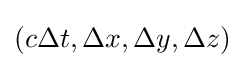
(c\Delta t,\Delta x,\Delta y,\Delta z)